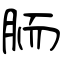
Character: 胹